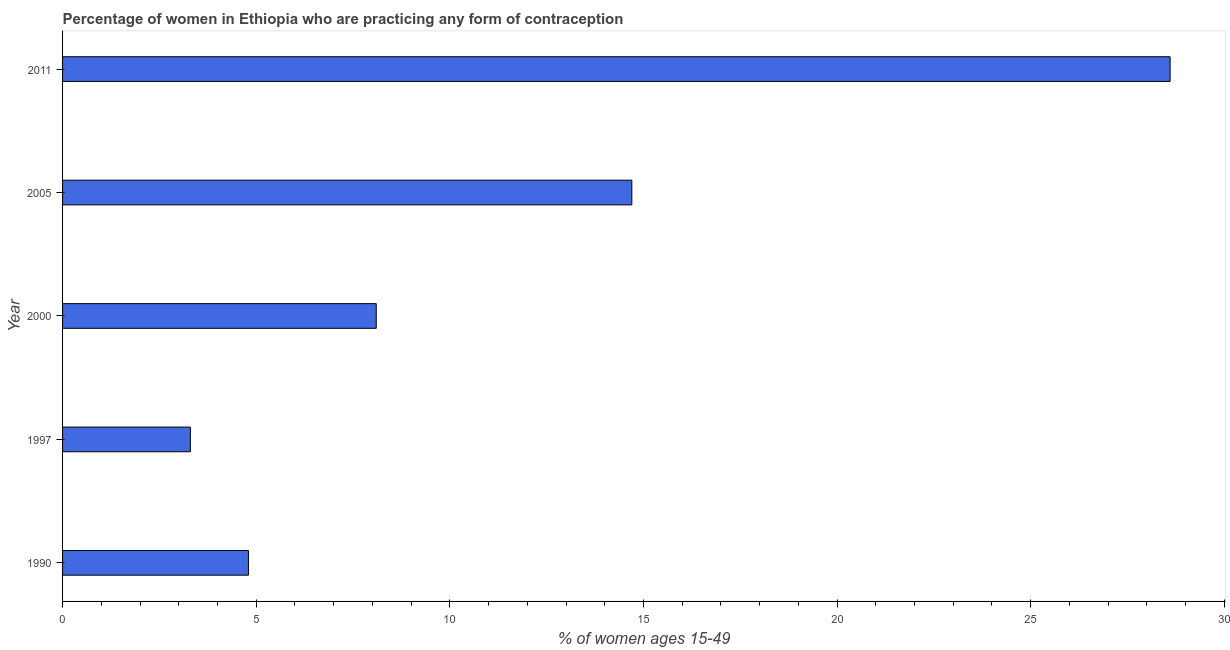
| Year | Contraceptive prevalence |
 | --- | --- |
 | 1990 | 4.8 |
 | 1997 | 3.3 |
 | 2000 | 8.1 |
 | 2005 | 14.7 |
 | 2011 | 28.6 |